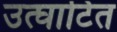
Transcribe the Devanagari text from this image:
उत्घाटित